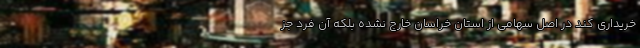
خریداری کند در اصل سهامی از استان خراسان خارج نشده بلکه آن فرد جز